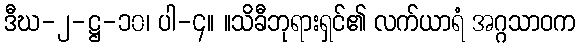
ဒီဃ-၂-ဋ္ဌ-၁၀၊ ပါ-၄။ ။သိခီဘုရားရှင်၏ လက်ယာရံ အဂ္ဂသာဝက